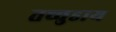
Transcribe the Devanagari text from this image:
तच्चुडाय